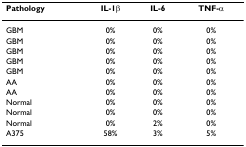
<table><thead><tr><td><b>Pathology</b></td><td><b>IL-1β </b></td><td><b>IL-6</b></td><td><b>TNF-α </b></td></tr></thead><tbody><tr><td>GBM</td><td>0%</td><td>0%</td><td>0%</td></tr><tr><td>GBM</td><td>0%</td><td>0%</td><td>0%</td></tr><tr><td>GBM</td><td>0%</td><td>0%</td><td>0%</td></tr><tr><td>GBM</td><td>0%</td><td>0%</td><td>0%</td></tr><tr><td>GBM</td><td>0%</td><td>0%</td><td>0%</td></tr><tr><td>AA</td><td>0%</td><td>0%</td><td>0%</td></tr><tr><td>AA</td><td>0%</td><td>0%</td><td>0%</td></tr><tr><td>Normal</td><td>0%</td><td>0%</td><td>0%</td></tr><tr><td>Normal</td><td>0%</td><td>0%</td><td>0%</td></tr><tr><td>Normal</td><td>0%</td><td>2%</td><td>0%</td></tr><tr><td>A375</td><td>58%</td><td>3%</td><td>5%</td></tr></tbody></table>